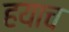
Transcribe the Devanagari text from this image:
हयाच